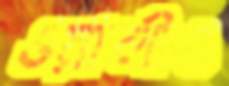
ওয়ালীও